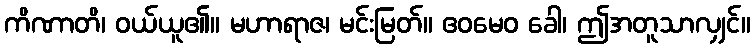
ကိဏာတိ၊ ဝယ်ယူ၏။ မဟာရာဇ၊ မင်းမြတ်။ ဧဝမေဝ ခေါ၊ ဤအတူသာလျှင်။